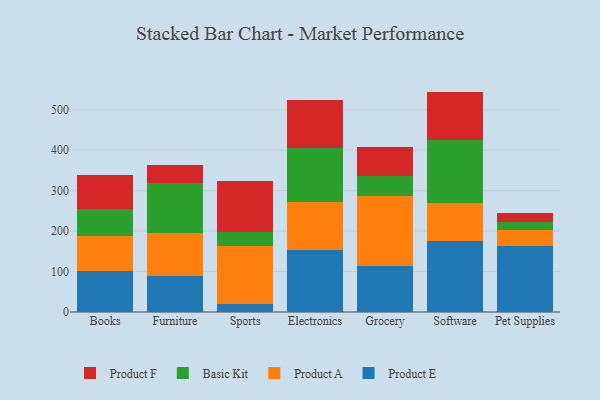
{"axis": {"x": "Category", "y": "Production Output"}, "legend": ["Basic Kit", "Product A", "Product E", "Product F"], "data": [{"x": "Books", "y": 101.4, "type": "Product E"}, {"x": "Books", "y": 85.8, "type": "Product A"}, {"x": "Books", "y": 67.2, "type": "Basic Kit"}, {"x": "Books", "y": 84.6, "type": "Product F"}, {"x": "Furniture", "y": 88.1, "type": "Product E"}, {"x": "Furniture", "y": 106.9, "type": "Product A"}, {"x": "Furniture", "y": 123.8, "type": "Basic Kit"}, {"x": "Furniture", "y": 43.6, "type": "Product F"}, {"x": "Sports", "y": 20.5, "type": "Product E"}, {"x": "Sports", "y": 142.5, "type": "Product A"}, {"x": "Sports", "y": 33.9, "type": "Basic Kit"}, {"x": "Sports", "y": 128.0, "type": "Product F"}, {"x": "Electronics", "y": 153.5, "type": "Product E"}, {"x": "Electronics", "y": 118.3, "type": "Product A"}, {"x": "Electronics", "y": 133.8, "type": "Basic Kit"}, {"x": "Electronics", "y": 119.7, "type": "Product F"}, {"x": "Grocery", "y": 113.3, "type": "Product E"}, {"x": "Grocery", "y": 174.2, "type": "Product A"}, {"x": "Grocery", "y": 48.7, "type": "Basic Kit"}, {"x": "Grocery", "y": 71.7, "type": "Product F"}, {"x": "Software", "y": 176.2, "type": "Product E"}, {"x": "Software", "y": 92.1, "type": "Product A"}, {"x": "Software", "y": 156.0, "type": "Basic Kit"}, {"x": "Software", "y": 120.6, "type": "Product F"}, {"x": "Pet Supplies", "y": 163.9, "type": "Product E"}, {"x": "Pet Supplies", "y": 39.7, "type": "Product A"}, {"x": "Pet Supplies", "y": 18.6, "type": "Basic Kit"}, {"x": "Pet Supplies", "y": 23.2, "type": "Product F"}]}